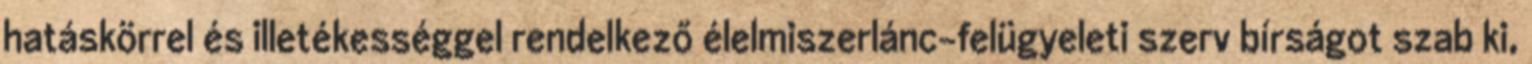
hatáskörrel és illetékességgel rendelkező élelmiszerlánc-felügyeleti szerv bírságot szab ki,